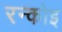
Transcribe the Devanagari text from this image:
रन्कोइ